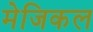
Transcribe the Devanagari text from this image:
मेजिकल